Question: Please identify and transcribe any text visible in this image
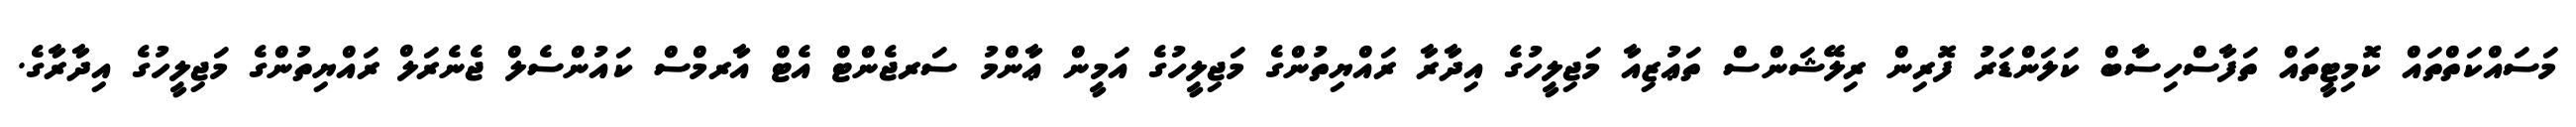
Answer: މަސައްކަތްތައް ކޮމިޓީތައް ތަފާސްހިސާބް ކަލަންޑަރު ފޮރިން ރިލޭޝަންސް ތަޢުޒިއާ މަޖިލީހުގެ އިދާރާ ރައްޔިތުންގެ މަޖިލީހުގެ އަމީން ޢާންމު ސަރޖެންޓް އެޓް އާރމްސް ކައުންސެލް ޖެނެރަލް ރައްޔިތުންގެ މަޖިލީހުގެ އިދާރާގެ.